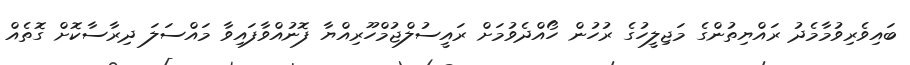
ބައިވެރިވުމާމެދު ރައްޔިތުންގެ މަޖިލީހުގެ ރުހުން ހޯއްދެވުމަށް ރައީސުލްޖުމްހޫރިއްޔާ ފޮނުއްވާފައިވާ މައްސަލަ ދިރާސާކޮށް ގޮތެއް